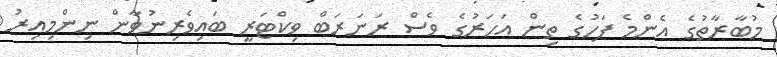
މުބާރާތުގެ އެންމެ ފަހުގެ ތިން އަހަރުގެ ވެސް ރަނަރަބް ވިކްޓަރީ ބައިވެރިނުވާން ނިންމިއިރު